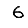
Digit: 6